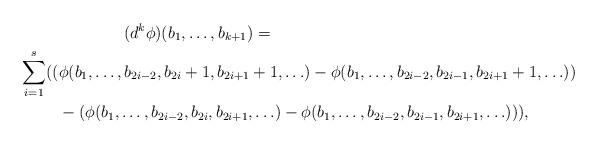
LaTeX: \begin{align*}& \qquad\qquad(d^k \phi)(b_1, \ldots, b_{k+1}) =\\ \sum_{i=1}^{s} ((& \phi(b_1,\ldots,b_{2i-2},{b_{2i}+1}, b_{2i+1}+1, \ldots)-\phi(b_1,\ldots,b_{2i-2},{b_{2i-1}}, b_{2i+1}+1, \ldots))\\ & - (\phi(b_1,\ldots,b_{2i-2},{b_{2i}},b_{2i+1}, \ldots)- \phi(b_1,\ldots,b_{2i-2},{b_{2i-1}},b_{2i+1}, \ldots))),\end{align*}